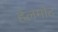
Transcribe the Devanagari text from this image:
हेलमोट